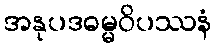
အနုပဒဓမ္မဝိပဿနံ